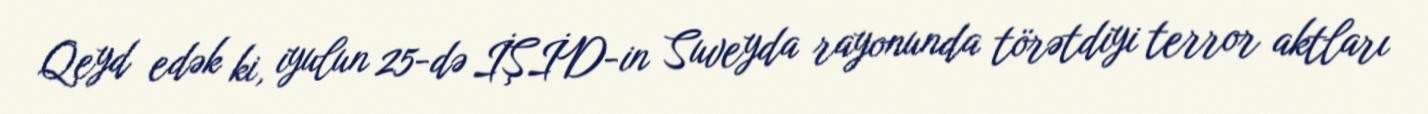
Qeyd edək ki, iyulun 25-də İŞİD-in Suveyda rayonunda törətdiyi terror aktları